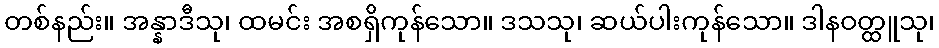
တစ်နည်း။ အန္နာဒီသု၊ ထမင်း အစရှိကုန်သော။ ဒသသု၊ ဆယ်ပါးကုန်သော။ ဒါနဝတ္ထူသု၊